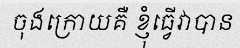
ចុងក្រោយគឺ ខ្ញុំធ្វើវាបាន